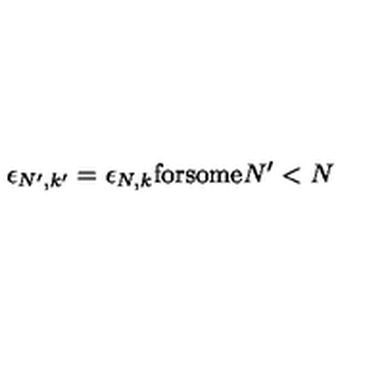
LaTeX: \epsilon _ { N ^ { \prime } , k ^ { \prime } } = \epsilon _ { N , k } \mathrm { f o r s o m e } N ^ { \prime } < N